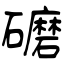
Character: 礳